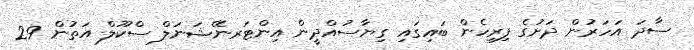
ސާދަ އަހަރުން ދަށުގެ ފިރިހެން ބައިގައި ގިޔާސުއްދީން އިންޓަރނޭޝަނަލް ސްކޫލް އަތުން 29